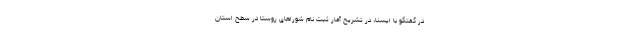
در گفتگو با ایسنا، در تشریح آمار ثبت نام شوراهای روستا در سطح استان